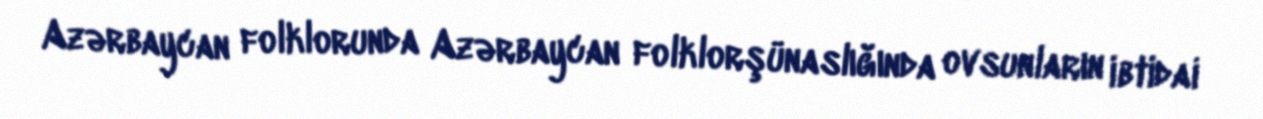
Azərbaycan folklorunda Azərbaycan folklorşünaslığında ovsunların ibtidai